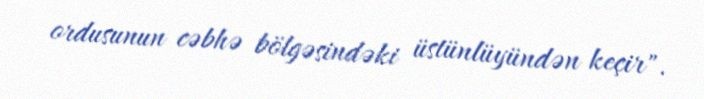
ordusunun cəbhə bölgəsindəki üstünlüyündən keçir".